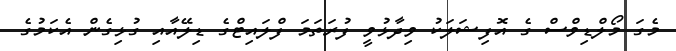
މެގަ މޯލްޑިވްސް ގެ އޮފިޝަލަކު ވިދާޅުވީ ފުރަތަމަ ފްލައިޓްގެ ޑިލޭއާއި ގުޅިގެން އެކަމުގެ